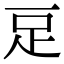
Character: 𧾸